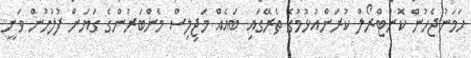
ހަމަނުޖެހުން ކޮންޓްރޯލް ކުރަންއުޅުމުގެ ތެރޭގައި ބައެއް މަޖިލިސް މެންބަރުންގެ ގަޔަށް ފުލުހުން ވަނީ